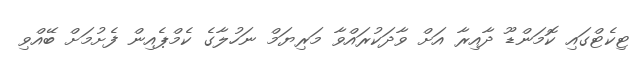
ޓިކެޓްގައި ކޮމަންޑޫ ދާއިރާ އަށް ވާދަކުރައްވާ މަރިޔަމް ނަހުލާގެ ކެމްޕެއިން ފެށުމަށް ބޭއްވި